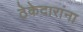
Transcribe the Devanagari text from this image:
ठेकेदारांना